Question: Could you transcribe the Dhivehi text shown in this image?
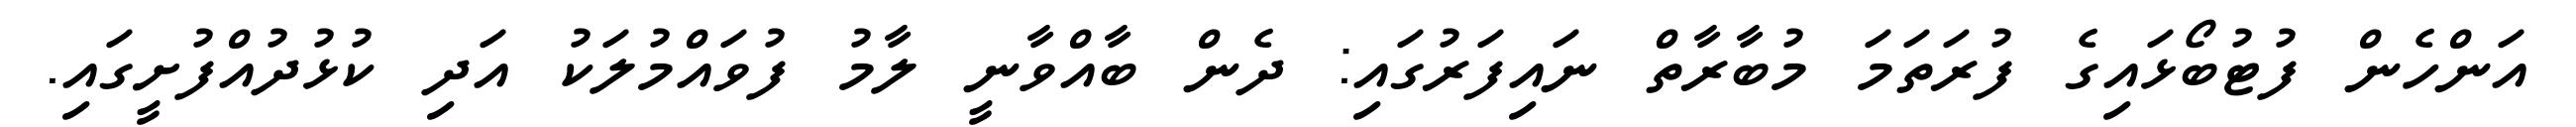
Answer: އަންހެން ފުޓުބޯޅައިގެ ފުރަތަމަ މުބާރާތް ނައިފަރުގައި: ދެން ބާއްވާނީ ލާމު ފުވައްމުލަކު އަދި ކުޅުދުއްފުށީގައި.